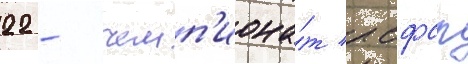
22 - чемп'иона́т рсфср